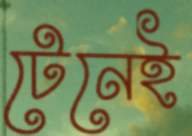
টেনেই